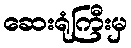
ဆေးရုံကြီးမှ